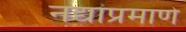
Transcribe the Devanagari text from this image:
नद्यांप्रमाणे